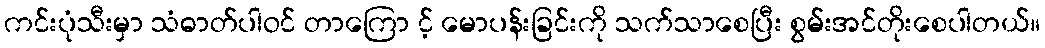
ကင်းပုံသီးမှာ သံဓာတ်ပါဝင် တာကြော င့် မောပန်းခြင်းကို သက်သာစေပြီး စွမ်းအင်တိုးစေပါတယ်။